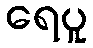
ရေပူ